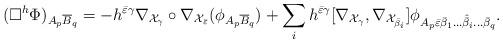
LaTeX: \begin{align*}(\Box^h\Phi)_{A_p\overline{B}_q} = - h^{\bar{\varepsilon}\gamma}\nabla_{\mathcal{X}_\gamma}\circ\nabla_{\mathcal{X}_{\bar{\varepsilon}}}(\phi_{A_p\overline{B}_q}) + \sum_i h^{\bar{\varepsilon}\gamma}[\nabla_{\mathcal{X}_\gamma},\nabla_{\mathcal{X}_{\bar{\beta}_i}}]\phi_{A_p\bar{\varepsilon}\bar{\beta}_1\dots\hat{\bar{\beta}}_i\dots\bar{\beta}_q}.\end{align*}